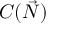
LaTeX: C ( { \vec { N } } )